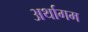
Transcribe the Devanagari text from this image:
अर्थागम